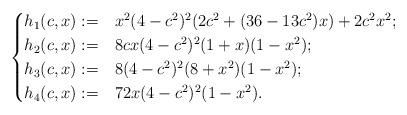
LaTeX: \begin{align*}\begin{cases}h_1(c,x):=&x^2(4-c^2)^2(2c^2+(36-13c^2)x)+2c^2x^2;\\h_2(c,x):=&8cx(4-c^2)^2(1+x)(1-x^2);\\h_3(c,x):=&8(4-c^2)^2(8+x^2)(1-x^2);\\h_4(c,x):=&72x(4-c^2)^2(1-x^2).\end{cases}\end{align*}